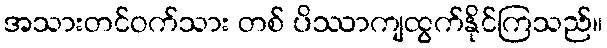
အသားတင်ဝက်သား တစ် ပိဿာကျထွက်နိုင်ကြသည်။